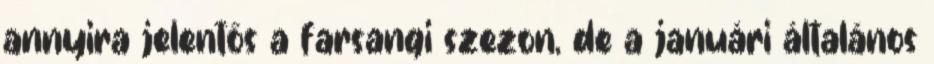
annyira jelentős a farsangi szezon, de a januári általános